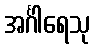
အင်္ဂါရေသု